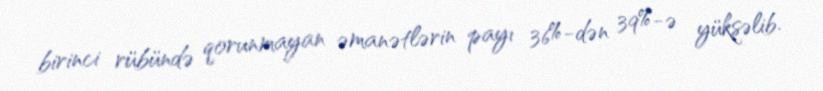
birinci rübündə qorunmayan əmanətlərin payı 36%-dən 39%-ə yüksəlib.